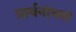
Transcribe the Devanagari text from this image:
प्रार्थनांच्या